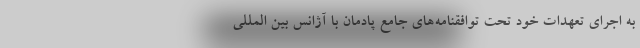
به اجرای تعهدات خود تحت توافقنامه‌های جامع پادمان با آژانس بین المللی